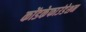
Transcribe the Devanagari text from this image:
कोंडकेफाउंडेशन